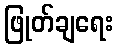
ဖြုတ်ချရေး